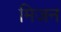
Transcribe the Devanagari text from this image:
मिजन